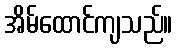
အိမ်ထောင်ကျသည်။